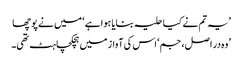
’یہ تم نے کیا حلیہ بنایا ہوا ہے ‘ میں نے پوچھا
’وہ در اصل، جم‘ اس کی آواز میں ہچکچاہٹ تھی۔